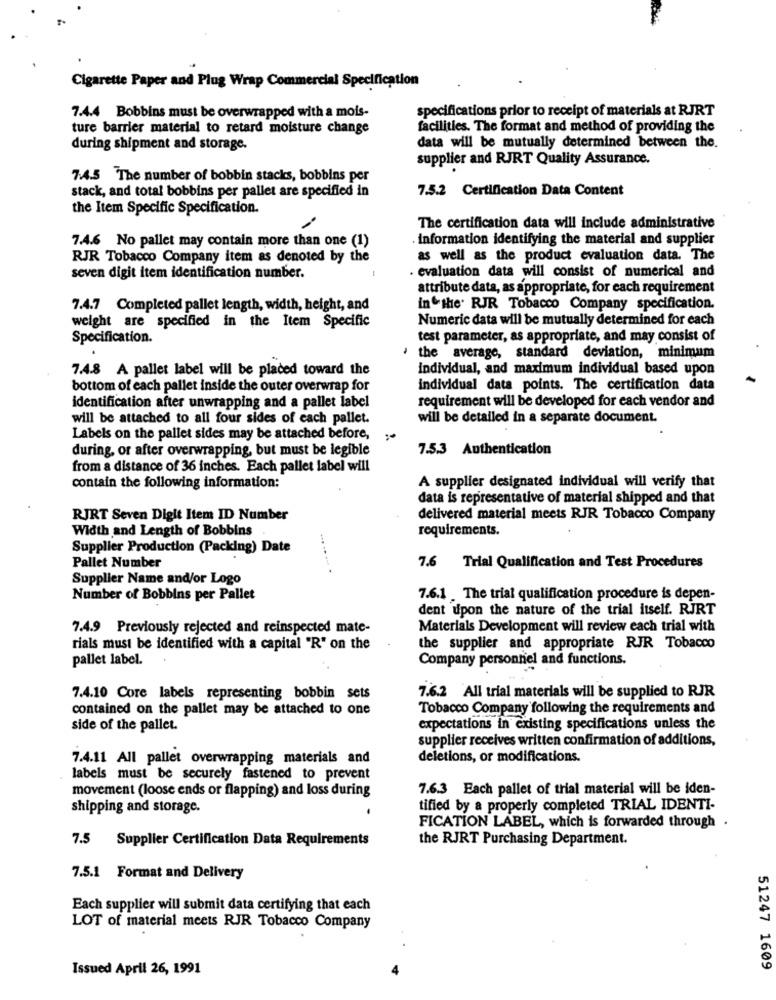
Cigarette Paper and Plug Wrap Commercial Specification
specifications prior to receipt of materials at RJRT
7.4.4 Bobbins must be overwrapped with a mois-
ture barrier material to retard moisture change
facilities. The format and method of providing the
during shipment and storage.
data will be mutually determined between the.
supplier and RJRT Quality Assurance.
7:4.5 The number of bobbin stacks, bobbins per
stack, and total bobbins per pallet are specified in
7.5.2 Certification Data Content
the Item Specific Specification.
The certification data will include administrative
information identifying the material and supplier
7.4.6 No pallet may contain more than one (1)
RJR Tobacco Company item as denoted by the
as well as the product evaluation data. The
· evaluation data will consist of numerical and
seven digit item identification number.
attribute data, as appropriate, for each requirement
7.4.7 Completed pallet length, width, height, and
in the' RJR Tobacco Company specification.
weight are specified in the Item Specific
Numeric data will be mutually determined for each
Specification.
test parameter, as appropriate, and may consist of
the average, standard deviation, minimum
7.4.8 A pallet label will be placed toward the
individual, and maximum individual based upon
bottom of each pallet inside the outer overwrap for
individual data points. The certification data
requirement will be developed for each vendor and
identification after unwrapping and a pallet label
will be attached to all four sides of each pallet.
will be detailed in a separate document.
Labels on the pallet sides may be attached before,
during, or after overwrapping, but must be legible
7.5.3 Authentication
from a distance of 36 inches. Each pallet label will
contain the following information:
A supplier designated individual will verify that
data is representative of material shipped and that
RJRT Seven Digit Item ID Number
delivered material meets RJR Tobacco Company
Width and Length of Bobbins
requirements.
Supplier Production (Packing) Date
Pallet Number
... .. ... .
7.6 Trial Qualification and Test Procedures
Supplier Name and/or Logo
Number of Bobbins per Pallet
7.6.1 _The trial qualification procedure is depen-
dent upon the nature of the trial itself. RJRT
7.4.9 Previously rejected and reinspected mate-
Materials Development will review each trial with
rials must be identified with a capital "R" on the
the supplier and appropriate RJR Tobacco
pallet label.
Company personnel and functions.
7.4.10 Core labels representing bobbin sets
7.6.2 All trial materials will be supplied to RJR
contained on the pallet may be attached to one
Tobacco Company following the requirements and
side of the pallet.
expectations in existing specifications unless the
supplier receives written confirmation of additions,
7.4.11 All pallet overwrapping materials and
deletions, or modifications.
labels must be securely fastened to prevent
movement (loose ends or flapping) and loss during
7.6.3 Each pallet of trial material will be iden-
shipping and storage.
tified by a properly completed TRIAL IDENTI-
FICATION LABEL, which is forwarded through .
7.5 Supplier Certification Data Requirements
the RJRT Purchasing Department.
7.5.1 Format and Delivery
Each supplier will submit data certifying that each
LOT of material meets RJR Tobacco Company
Issued April 26, 1991
51247 1609